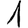
Digit: 1